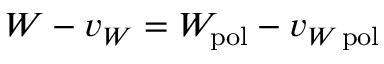
W - v _ { W } = W _ { \mathrm { p o l } } - v _ { W \, \mathrm { p o l } }